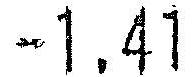
-1.41